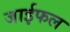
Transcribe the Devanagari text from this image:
जाईफल